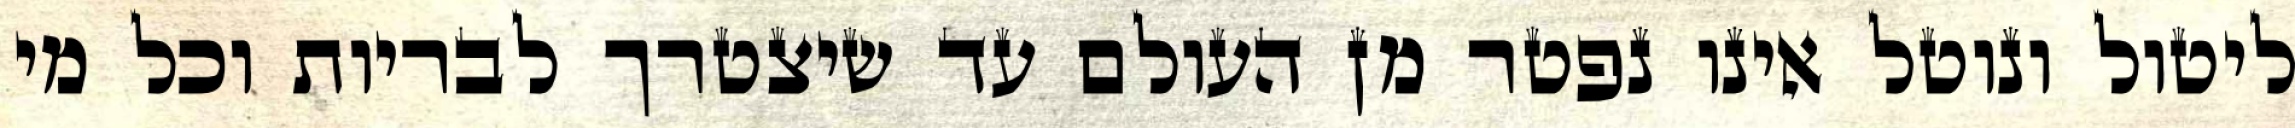
ליטול ונוטל אינו נפטר מן העולם עד שיצטרך לבריות וכל מי